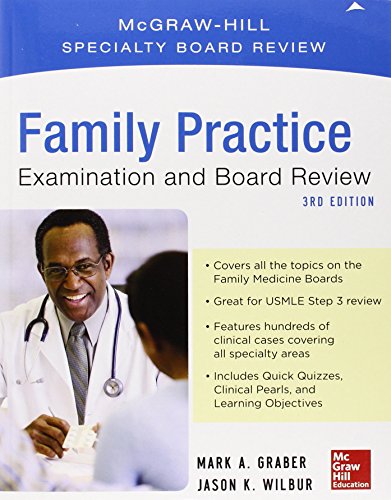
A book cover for Family Practice Examination and Board Review, Third Edition; Mark Graber; Test Preparation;